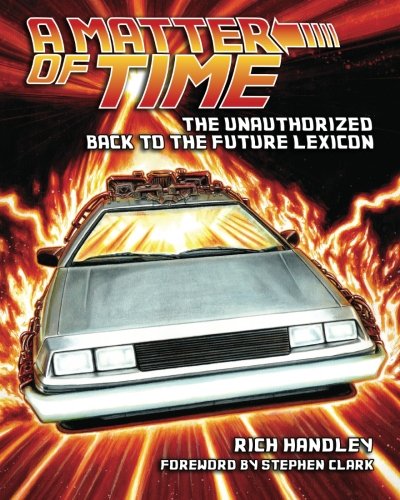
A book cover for A Matter of Time: The Unauthorized Back to the Future Lexicon; Rich Handley; Humor & Entertainment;